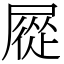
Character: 㞞